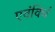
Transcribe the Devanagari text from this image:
एवंविधं